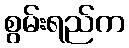
စွမ်းရည်က